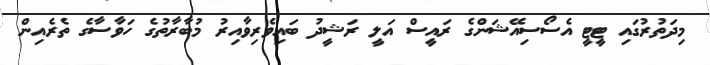
މިދަތުރުގައި ޓީޓީ އެސޯސިއޭޝަންގެ ރައީސް އަލީ ރަޝީދު ބައިވެރިވާއިރު މުބާރާތުގެ ހަވާސާގެ ތެރެއިން